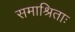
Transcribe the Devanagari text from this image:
समाश्रिताः